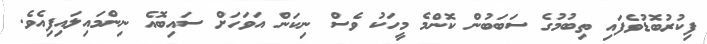
ފިކުރުބޮޑުވެފައި ތިބުމުގެ ސަބަބުން ކޮންމެ މީހަކު ވެސް ނިކަން އަވަހަށް ސައިބޮއެ ނިންމައިލައިފިއެވެ.